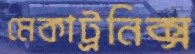
মেকাট্রনিক্স